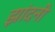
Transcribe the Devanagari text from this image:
झांदनी